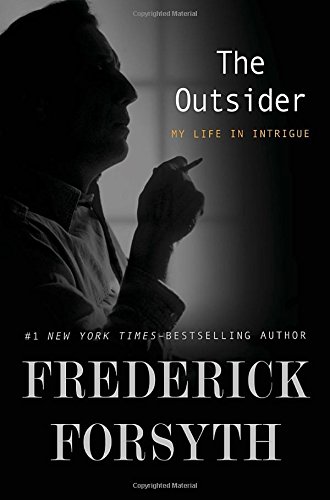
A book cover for The Outsider: My Life in Intrigue; Frederick Forsyth; Biographies & Memoirs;